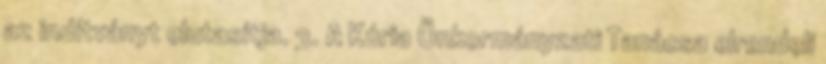
az indítványt elutasítja. 3. A Kúria Önkormányzati Tanácsa elrendeli